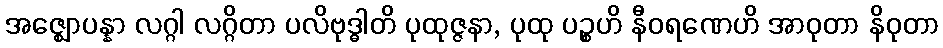
အဇ္ဈောပန္နာ လဂ္ဂါ လဂ္ဂိတာ ပလိဗုဒ္ဓါတိ ပုထုဇ္ဇနာ, ပုထု ပဉ္စဟိ နီဝရဏေဟိ အာဝုတာ နိဝုတာ